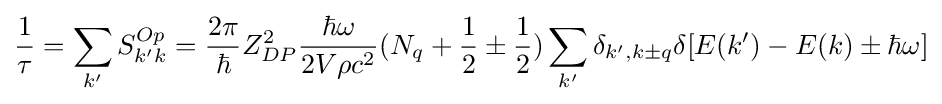
{\frac {1}{\tau }}=\sum _{k'}S_{k'k}^{Op}={\frac {2\pi }{\hbar }}Z_{DP}^{2}{\frac {\hbar \omega }{2V\rho c^{2}}}(N_{q}+{\frac {1}{2}}\pm {\frac {1}{2}})\sum _{k'}\delta _{k',k\pm q}\delta [E(k')-E(k)\pm \hbar \omega ]